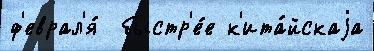
ф'еврал'я́  быстр'е́е к'ита́йскаjа